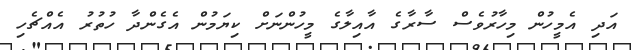
އަދި އެމީހުން މިހާރުވެސް ސާރާގެ އާއިލާގެ މީހުންނަށް ކިޔަމުން އެގެންދާ ހުތުރު އެއްޗެހި